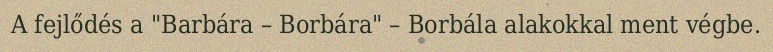
A fejlődés a "Barbára – Borbára" – Borbála alakokkal ment végbe.